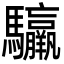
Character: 䯁